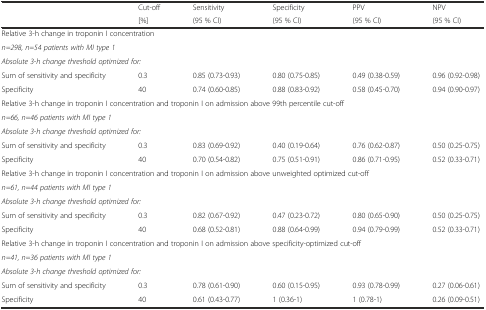
<table><thead><tr><td rowspan="2"></td><td><b>Cut-off</b></td><td><b>Sensitivity</b></td><td><b>Specificity</b></td><td><b>PPV</b></td><td><b>NPV</b></td></tr><tr><td><b>[%]</b></td><td><b>(95 % CI)</b></td><td><b>(95 % CI)</b></td><td><b>(95 % CI)</b></td><td><b>(95 % CI)</b></td></tr></thead><tbody><tr><td colspan="6">Relative 3-h change in troponin I concentration</td></tr><tr><td colspan="6"><i>n=298, n=54 patients with MI type 1</i></td></tr><tr><td colspan="6"><i>Absolute 3-h change threshold optimized for:</i></td></tr><tr><td>Sum of sensitivity and specificity</td><td>0.3</td><td>0.85 (0.73-0.93)</td><td>0.80 (0.75-0.85)</td><td>0.49 (0.38-0.59)</td><td>0.96 (0.92-0.98)</td></tr><tr><td>Specificity</td><td>40</td><td>0.74 (0.60-0.85)</td><td>0.88 (0.83-0.92)</td><td>0.58 (0.45-0.70)</td><td>0.94 (0.90-0.97)</td></tr><tr><td colspan="6">Relative 3-h change in troponin I concentration and troponin I on admission above 99th percentile cut-off</td></tr><tr><td colspan="6"><i>n=66, n=46 patients with MI type 1</i></td></tr><tr><td colspan="6"><i>Absolute 3-h change threshold optimized for:</i></td></tr><tr><td>Sum of sensitivity and specificity</td><td>0.3</td><td>0.83 (0.69-0.92)</td><td>0.40 (0.19-0.64)</td><td>0.76 (0.62-0.87)</td><td>0.50 (0.25-0.75)</td></tr><tr><td>Specificity</td><td>40</td><td>0.70 (0.54-0.82)</td><td>0.75 (0.51-0.91)</td><td>0.86 (0.71-0.95)</td><td>0.52 (0.33-0.71)</td></tr><tr><td colspan="6">Relative 3-h change in troponin I concentration and troponin I on admission above unweighted optimized cut-off</td></tr><tr><td colspan="6"><i>n=61, n=44 patients with MI type 1</i></td></tr><tr><td colspan="6"><i>Absolute 3-h change threshold optimized for:</i></td></tr><tr><td>Sum of sensitivity and specificity</td><td>0.3</td><td>0.82 (0.67-0.92)</td><td>0.47 (0.23-0.72)</td><td>0.80 (0.65-0.90)</td><td>0.50 (0.25-0.75)</td></tr><tr><td>Specificity</td><td>40</td><td>0.68 (0.52-0.81)</td><td>0.88 (0.64-0.99)</td><td>0.94 (0.79-0.99)</td><td>0.52 (0.33-0.71)</td></tr><tr><td colspan="6">Relative 3-h change in troponin I concentration and troponin I on admission above specificity-optimized cut-off</td></tr><tr><td colspan="6"><i>n=41, n=36 patients with MI type 1</i></td></tr><tr><td colspan="6"><i>Absolute 3-h change threshold optimized for:</i></td></tr><tr><td>Sum of sensitivity and specificity</td><td>0.3</td><td>0.78 (0.61-0.90)</td><td>0.60 (0.15-0.95)</td><td>0.93 (0.78-0.99)</td><td>0.27 (0.06-0.61)</td></tr><tr><td>Specificity</td><td>40</td><td>0.61 (0.43-0.77)</td><td>1 (0.36-1)</td><td>1 (0.78-1)</td><td>0.26 (0.09-0.51)</td></tr></tbody></table>